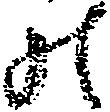
の